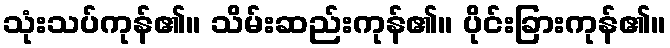
သုံးသပ်ကုန်၏။ သိမ်းဆည်းကုန်၏။ ပိုင်းခြားကုန်၏။